Civil Veterinary Department. Madras. Admin. report 1926-33 - 1926-1933
Year: 1926
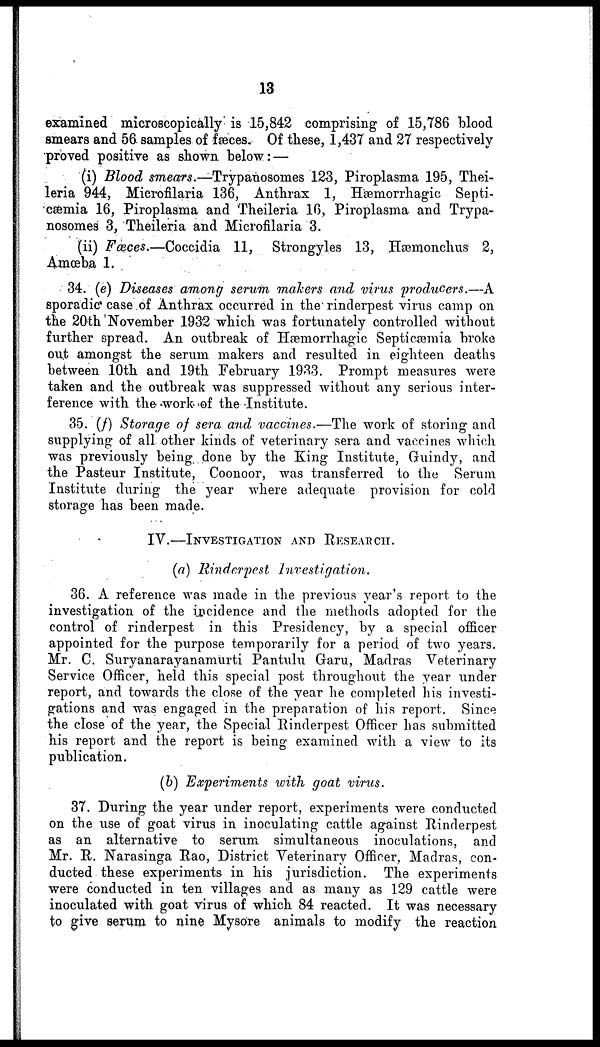
13
examined microscopically is 15,842 comprising of 15,786 blood
smears and 56 samples of fæces. Of these, 1,437 and 27 respectively
proved positive as shown below :—
(i) Blood smears.—Trypanosomes 123, Piroplasma 195, Thei-
leria 944, Microfilaria 136, Anthrax 1, Hæmorrhagic Septi-
cæmia 16, Piroplasma and Theileria 16, Piroplasma and Trypa-
nosomes 3, Theileria and Microfilaria 3.
(ii) Fæces.—Coccidia 11, Strongyles 13, Hæmonchus 2,
Amœba 1.
34. (e) Diseases among serum makers and virus producers.—A
sporadic case of Anthrax occurred in the rinderpest virus camp on
the 20th November 1932 which was fortunately controlled without
further spread. An outbreak of Hæmorrhagic Septicæmia broke
out amongst the serum makers and resulted in eighteen deaths
between 10th and 19th February 1933. Prompt measures were
taken and the outbreak was suppressed without any serious inter-
ference with the work of the Institute.
35. (f) Storage of sera and vaccines.—The work of storing and
supplying of all other kinds of veterinary sera and vaccines which
was previously being done by the King Institute, Guindy, and
the Pasteur Institute, Coonoor, was transferred to the Serum
Institute during the year where adequate provision for cold
storage has been made.
IV.—INVESTIGATION AND RESEARCH.
(a) Rinderpest Investigation.
36. A reference was made in the previous year's report to the
investigation of the incidence and the methods adopted for the
control of rinderpest in this Presidency, by a special officer
appointed for the purpose temporarily for a period of two years.
Mr. C. Suryanarayanamurti Pantulu Garu, Madras Veterinary
Service Officer, held this special post throughout the year under
report, and towards the close of the year he completed his investi-
gations and was engaged in the preparation of his report. Since
the close of the year, the Special Rinderpest Officer has submitted
his report and the report is being examined with a view to its
publication.
(b) Experiments with goat virus.
37. During the year under report, experiments were conducted
on the use of goat virus in inoculating cattle against Rinderpest
as an alternative to serum simultaneous inoculations, and
Mr. R. Narasinga Rao, District Veterinary Officer. Madras, con-
ducted these experiments in his jurisdiction. The experiments
were conducted in ten villages and as many as 129 cattle were
inoculated with goat virus of which 84 reacted. It was necessary
to give serum to nine Mysore animals to modify the reaction